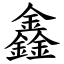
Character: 鑫